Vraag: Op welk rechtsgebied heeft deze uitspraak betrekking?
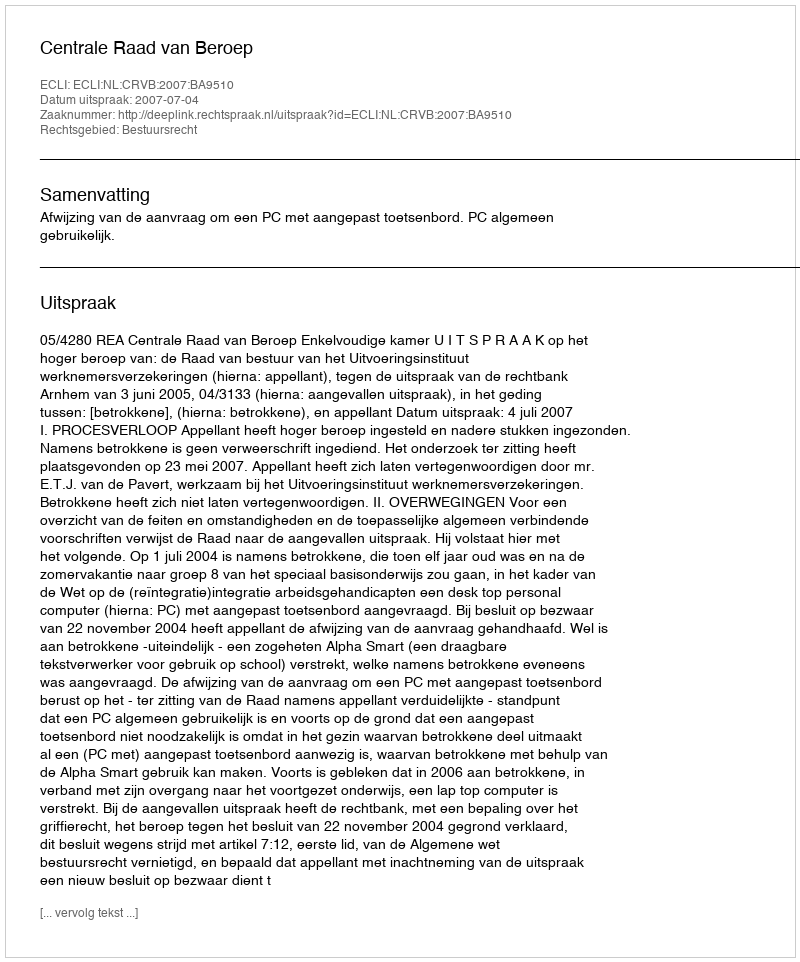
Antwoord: Bestuursrecht